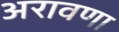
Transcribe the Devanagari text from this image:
अरावणा